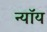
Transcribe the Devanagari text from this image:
न्यॉय